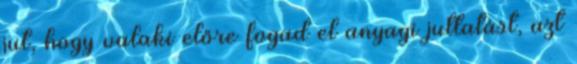
jut, hogy valaki előre fogad el anyagi juttatást, azt